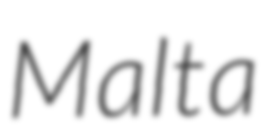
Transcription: Malta